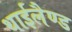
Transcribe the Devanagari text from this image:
थाईलैण्‍ड